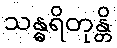
သန္ဓရိတုန္တိ